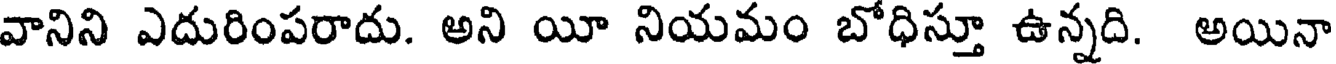
వానిని ఎదురింపరాదు. అని యీ నియమం బోధిస్తూ ఉన్నది. అయినా